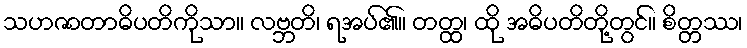
သဟဇာတာဓိပတိကိုသာ။ လဗ္ဘတိ၊ ရအပ်၏။ တတ္ထ၊ ထို အဓိပတိတို့တွင်။ စိတ္တဿ၊